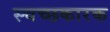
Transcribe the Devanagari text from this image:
स्चच्छकारक